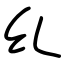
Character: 乣